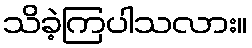
သိခဲ့ကြပါသလား။